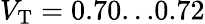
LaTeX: V_{\mathrm{T}}=0.70...0.72